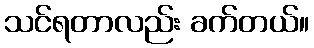
သင်ရတာလည်း ခက်တယ်။